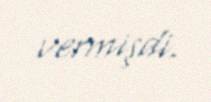
vermişdi.